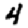
Digit: 4